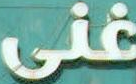
غنى